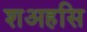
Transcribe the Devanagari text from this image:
शअहसि